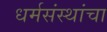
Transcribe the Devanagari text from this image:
धर्मसंस्थांचा